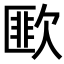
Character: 𣤆